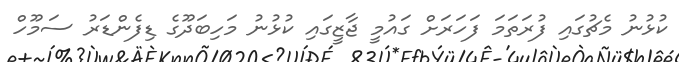
ކުޅުނު މެޗުގައި ފުރަތަމަ ފަހަރަށް ގައުމީ ޖާޒީގައި ކުޅުނު މަހިބަދޫގެ ޑިފެންޑަރު ސަމޫހް